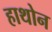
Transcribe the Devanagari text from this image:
हाथोन